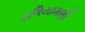
રળિયામણી